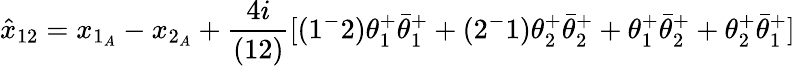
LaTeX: \hat{x}_{12}=x_{1_{A}}-x_{2_{A}}+{\frac{4i}{(12)}}[(1^{-}2)\theta_{1}^{+}\bar{\theta}_{1}^{+}+(2^{-}1)\theta_{2}^{+}\bar{\theta}_{2}^{+}+\theta_{1}^{+}\bar{\theta}_{2}^{+}+\theta_{2}^{+}\bar{\theta}_{1}^{+}]